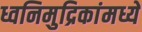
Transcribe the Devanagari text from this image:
ध्वनिमुद्रिकांमध्ये